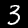
Label: 3